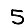
Digit: 5